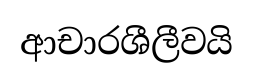
ආචාරශීලීවයි